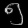
Digit: ၅